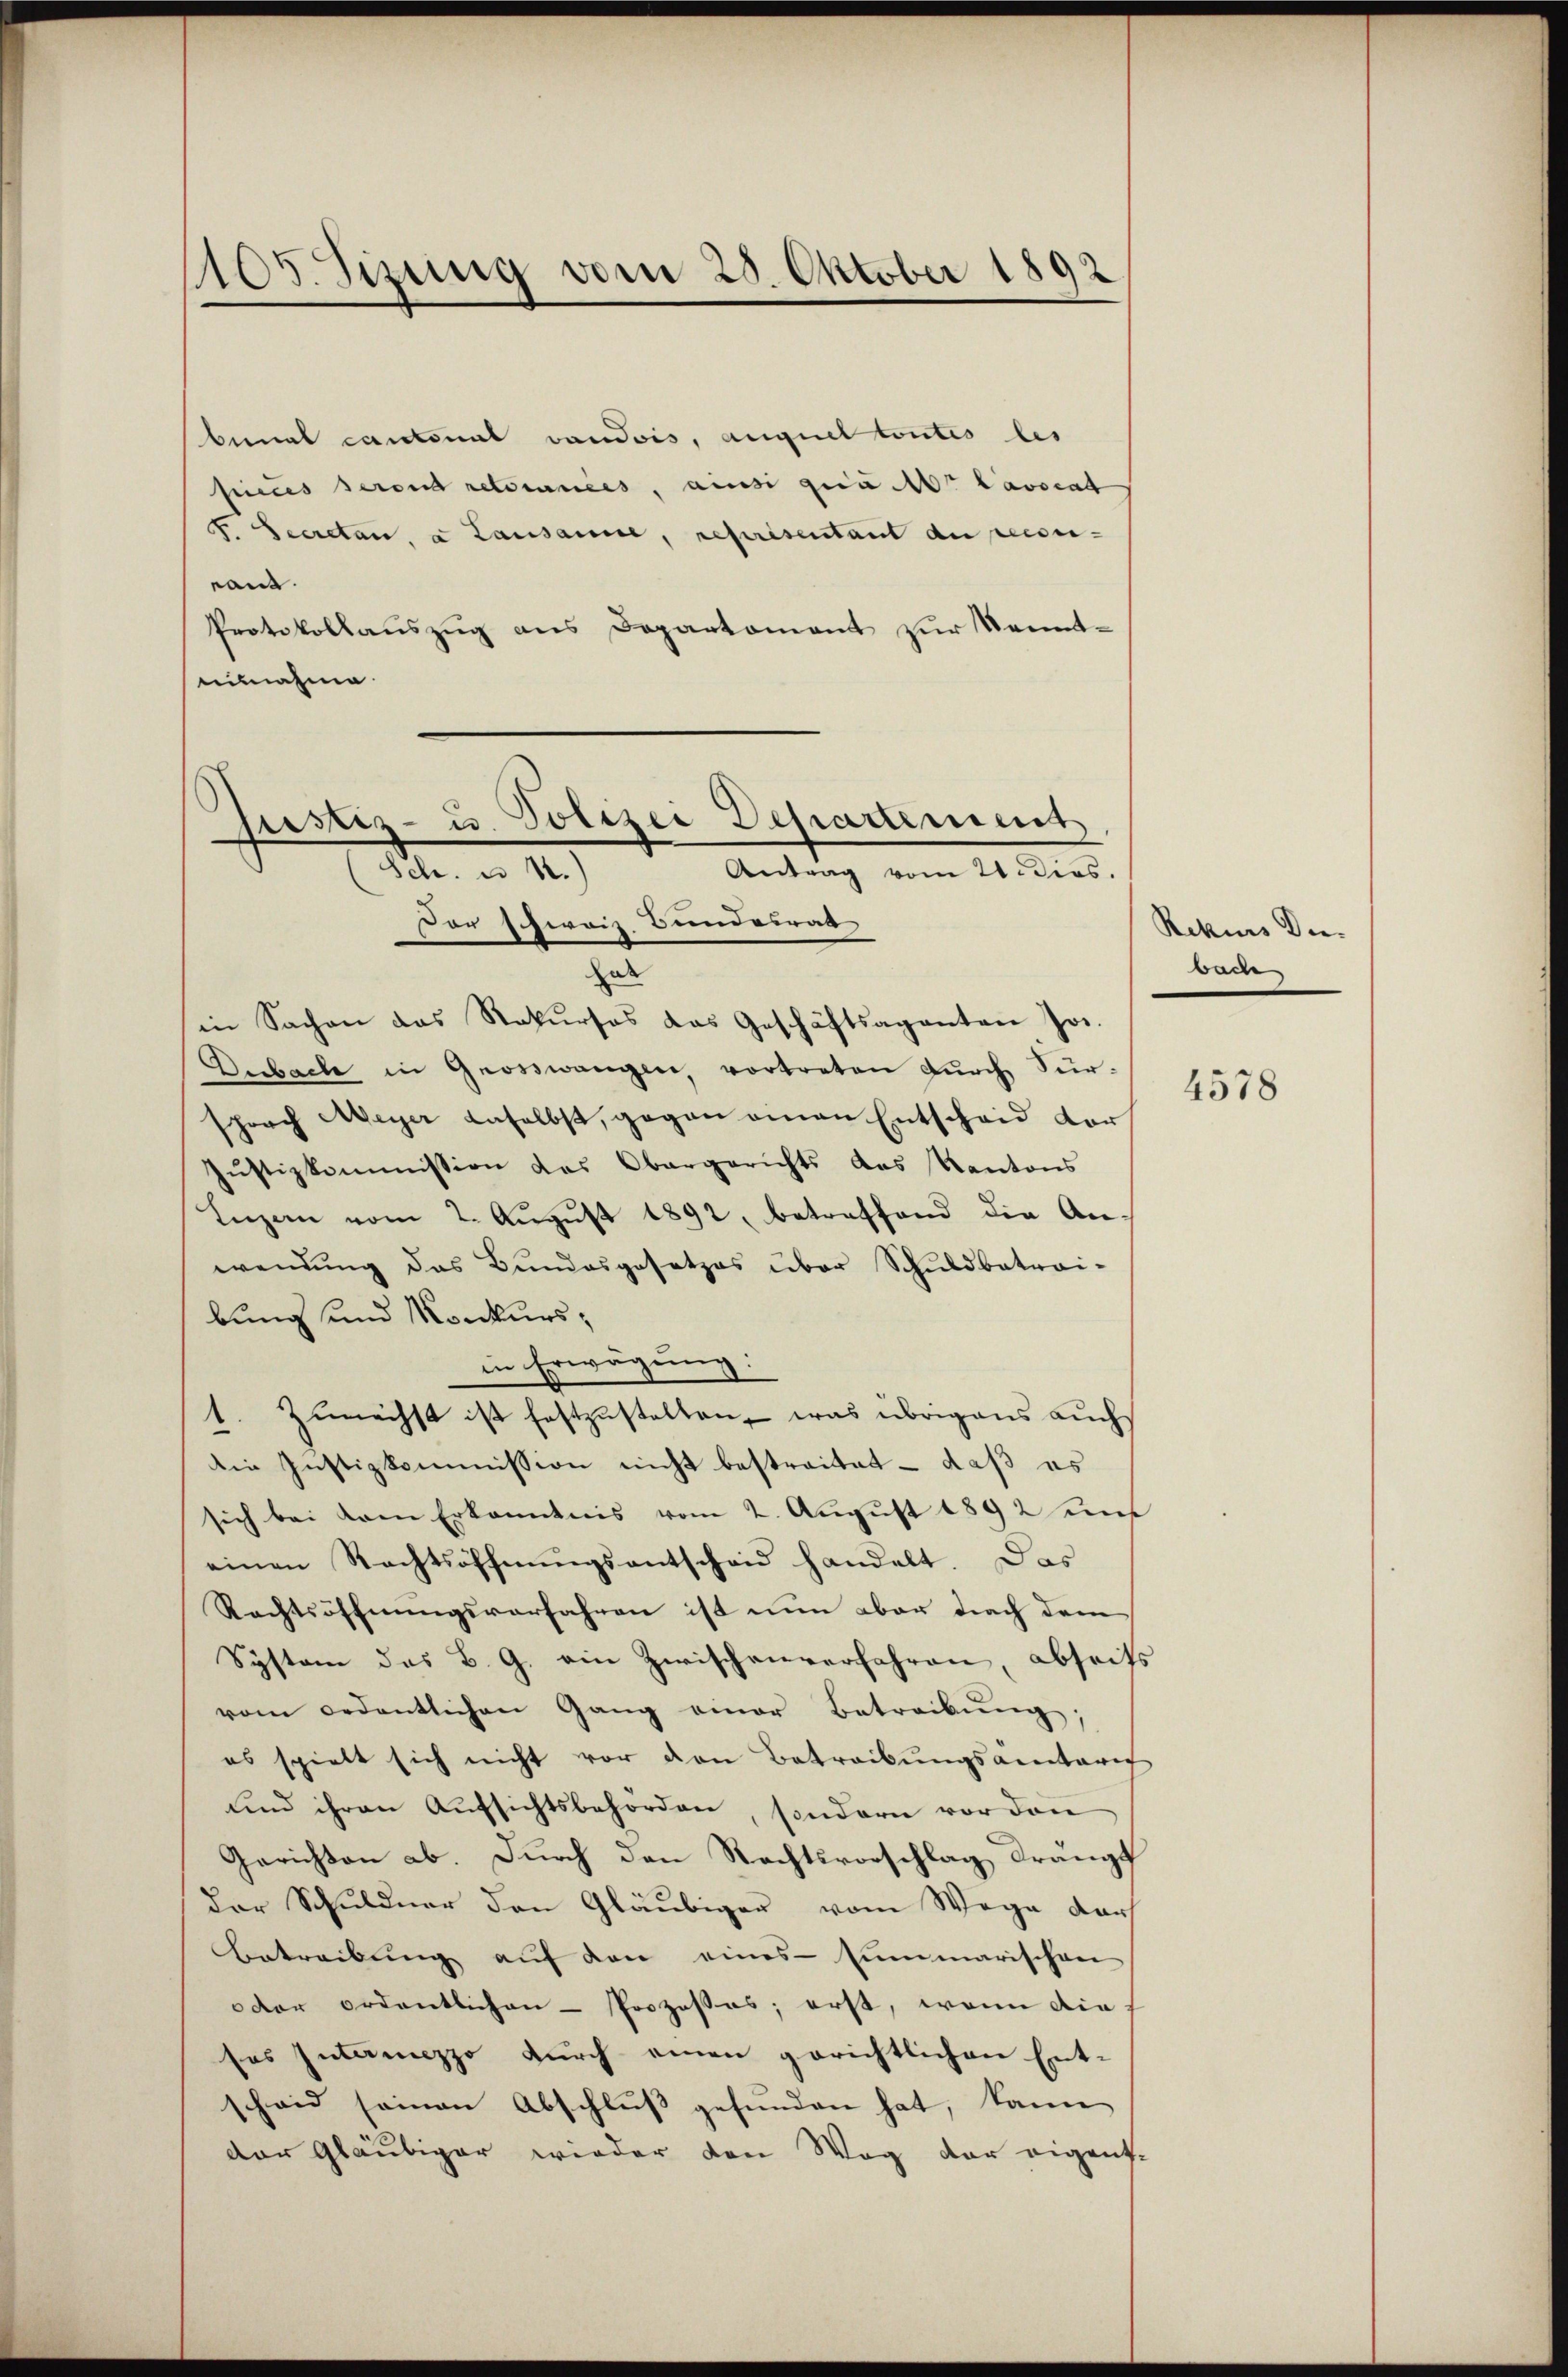
105. Sizung vom 20. Oktober 1892

bunal cantonal vaudois, auquel toutes les
seines seront retournees, aus gerich lassent
F. Secretari, u Lausanne, représentant de recour-
rand.
Protokollauszug aus Departement zur Kenntennahme.
hal
in Sachen das Rekurses das Geschäftsaganten Jos.
Durbache in Georswangen vortreten dŭrch Fürsprach Meyer daselbst, gegen einen Entscheid der
Jŭstizkommission des Obergerichts das Kantons
Luzern vom 2. Aŭgŭst 1892, betreffend die An-
wendung das Bundesgesetzes über Schuldbetrai-
bung und Konkurs,
in Erwägung:
1. Zunächst ist festzustellen, was übrigens auch
Die Justizkommission nicht bestreitet - daß es
sich bei dem Erkanntnis vom 2. August 1892 unt
einen Rechtsöffnŭngsantscheid handelt. Das
Rechtsöffnungsverfahren ist nun aber nach dem
System des B. G. ein Zwischenverfahren, abseit
vom ordentlichen Gang einer Betreibŭng;
es spielt sich nicht vor den Betreibungsantari
und ihren Aŭfsichtsbehörden, sondern vor den
Gerichten ab. Durch den Rechtsvorschlag drange
der Schuldner den Gläubiger vom Wege darf
Betreibŭng aŭf den eines summarischen
oder ordentlichen - Prozesses; erst, wenn die
ses Intermezzo durch einen gerichtlichen Ent-
schaid seinen Abschlŭβ gefŭnden hat, kann
der Gläubiger wieder den Weg der eigent-

Justiz- u. Polizei Departement
A. a. 1.)
Antrag vom 21 dios.
Der schweiz. Bundesrat

Rekurs Die-
wom

4578